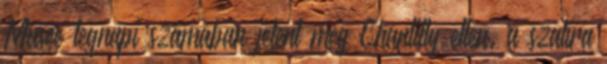
Musée tegnapi számában jelent meg Chantilly ellen, a szatíra